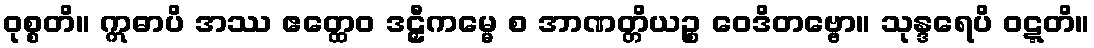
ဝုစ္စတိ။ ဣဓာပိ အဿ ဧတ္ထေဝ ဒဠှီကမ္မေ စ အာဏတ္တိယဉ္စ ဝေဒိတဗ္ဗော။ သုန္ဒရေပိ ဝဋ္ဋတိ။